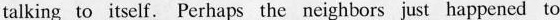
talking to itself.Perhaps the neighbors just happened to